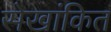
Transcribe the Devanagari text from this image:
सेखांकित